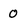
Character: 0